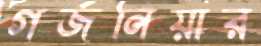
গর্জনিয়ার